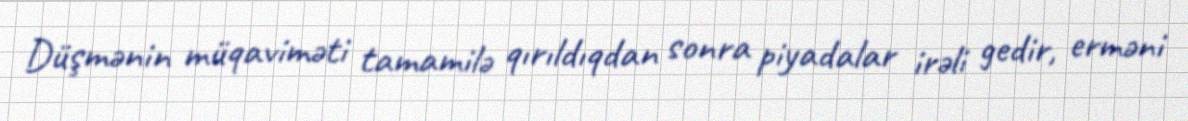
Düşmənin müqaviməti tamamilə qırıldıqdan sonra piyadalar irəli gedir, erməni